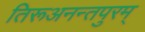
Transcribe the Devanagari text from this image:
तिरूअनन्तपुरम्